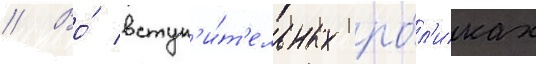
// Во́ вступ'и́т'ельных ро́л'иках